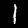
Label: 1